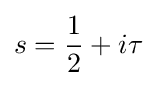
\displaystyle s={1 \over 2}+i\tau